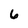
Character: 6